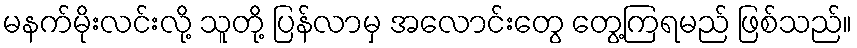
မနက်မိုးလင်းလို့ သူတို့ ပြန်လာမှ အလောင်းတွေ တွေ့ကြရမည် ဖြစ်သည်။